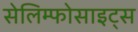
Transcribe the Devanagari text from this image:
सेलिम्फोसाइट्स